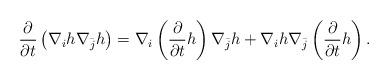
LaTeX: \begin{align*}\frac{\partial}{\partial t}\left(\nabla_{i}h\nabla_{\bar{j}}h\right)=\nabla_{i}\left(\frac{\partial}{\partial t}h\right)\nabla_{\bar{j}}h+\nabla_{i}h\nabla_{\bar{j}}\left(\frac{\partial}{\partial t}h\right).\end{align*}